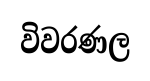
විවරණල